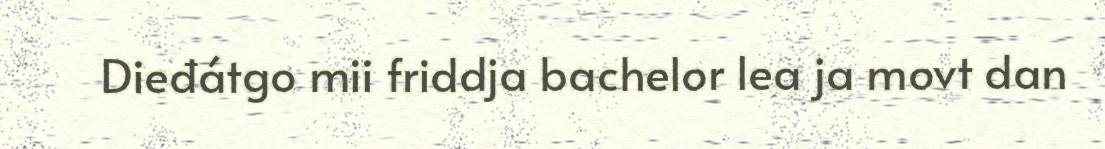
Dieđátgo mii friddja bachelor lea ja movt dan